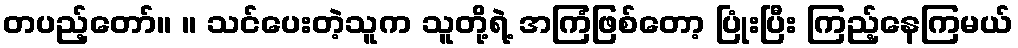
တပည့်တော်။ ။ သင်ပေးတဲ့သူက သူတို့ရဲ့ အကြံဖြစ်တော့ ပြုံးပြီး ကြည့်နေကြမယ်